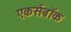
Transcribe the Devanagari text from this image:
एकर्सबॉक